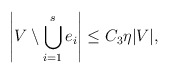
\begin{align*}\left|V\setminus \bigcup_{i=1}^se_i\right| \leq C_3\eta|V|,\end{align*}